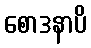
စောဒနာပိ